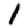
Digit: 1